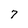
Character: 7